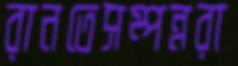
রানতেসম্পন্নরা